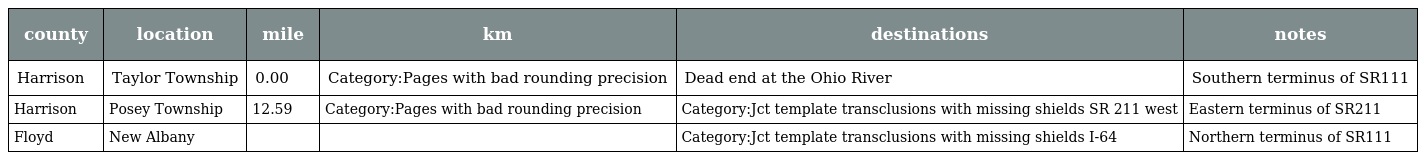
| county | location | mile | km | destinations | notes |
 | --- | --- | --- | --- | --- | --- |
 | Harrison | Taylor Township | 0.00 | Category:Pages with bad rounding precision | Dead end at the Ohio River | Southern terminus of SR111 |
 | Harrison | Posey Township | 12.59 | Category:Pages with bad rounding precision | Category:Jct template transclusions with missing shields SR 211 west | Eastern terminus of SR211 |
 | Floyd | New Albany |  |  | Category:Jct template transclusions with missing shields I-64 | Northern terminus of SR111 |